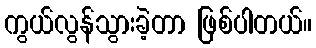
ကွယ်လွန်သွားခဲ့တာ ဖြစ်ပါတယ်။